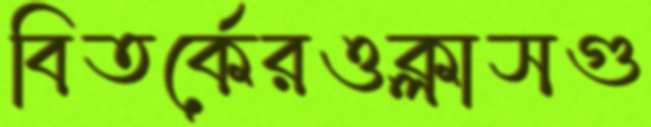
বিতর্কেরওক্লাসগু